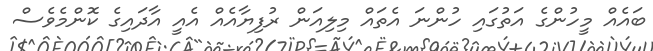
ބައެއް މީހުންގެ އަތުގައި ހުންނަ އެތައް މިލިއަން ރުފިޔާއެއް އެއީ އާދައިގެ ކޮންމެވެސް